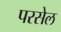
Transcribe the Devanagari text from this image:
परसेल